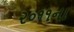
૨૦૧૧ના